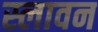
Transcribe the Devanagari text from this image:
स्लावन